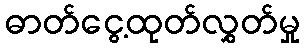
ဓာတ်ငွေ့ထုတ်လွှတ်မှု